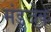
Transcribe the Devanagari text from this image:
मंड्जेक